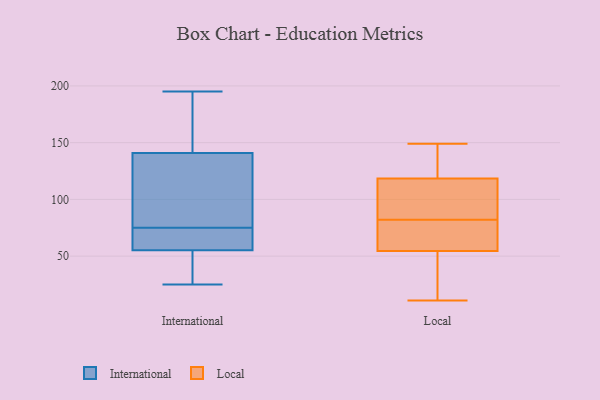
{"axis": {"x": "Headcount", "y": "Value"}, "legend": ["International", "Local"], "data": [{"x": "", "y": 32, "type": "International"}, {"x": "", "y": 50, "type": "International"}, {"x": "", "y": 140, "type": "International"}, {"x": "", "y": 57, "type": "International"}, {"x": "", "y": 75, "type": "International"}, {"x": "", "y": 150, "type": "International"}, {"x": "", "y": 134, "type": "International"}, {"x": "", "y": 58, "type": "International"}, {"x": "", "y": 144, "type": "International"}, {"x": "", "y": 65, "type": "International"}, {"x": "", "y": 82, "type": "International"}, {"x": "", "y": 46, "type": "International"}, {"x": "", "y": 118, "type": "International"}, {"x": "", "y": 181, "type": "International"}, {"x": "", "y": 25, "type": "International"}, {"x": "", "y": 195, "type": "International"}, {"x": "", "y": 73, "type": "International"}, {"x": "", "y": 139, "type": "Local"}, {"x": "", "y": 61, "type": "Local"}, {"x": "", "y": 42, "type": "Local"}, {"x": "", "y": 11, "type": "Local"}, {"x": "", "y": 73, "type": "Local"}, {"x": "", "y": 148, "type": "Local"}, {"x": "", "y": 48, "type": "Local"}, {"x": "", "y": 98, "type": "Local"}, {"x": "", "y": 97, "type": "Local"}, {"x": "", "y": 97, "type": "Local"}, {"x": "", "y": 91, "type": "Local"}, {"x": "", "y": 149, "type": "Local"}, {"x": "", "y": 27, "type": "Local"}, {"x": "", "y": 63, "type": "Local"}, {"x": "", "y": 142, "type": "Local"}, {"x": "", "y": 65, "type": "Local"}]}